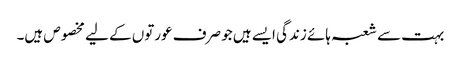
بہت سے شعبہ ہائے زندگی ایسے ہیں جو صرف عورتوں کے لیے مخصوص ہیں۔